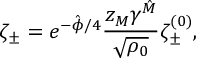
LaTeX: { \zeta _ { \pm } = e ^ { - \hat { \phi } / 4 } { \frac { z _ { M } \gamma ^ { \hat { M } } } { \sqrt { \rho _ { 0 } } } } \zeta _ { \pm } ^ { ( 0 ) } , }